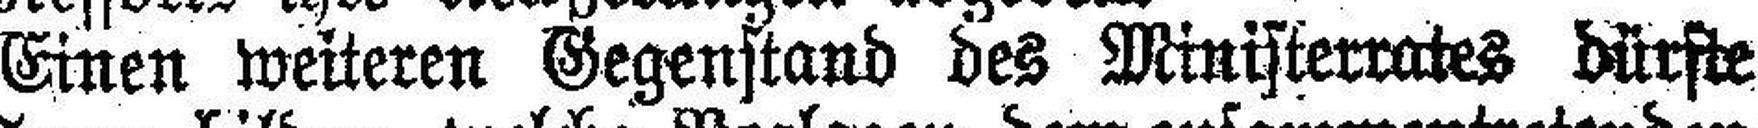
Einen weiteren Gegenstand des Ministerrates dürste